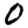
Digit: 0